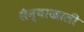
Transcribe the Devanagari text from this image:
सैन्याखाली